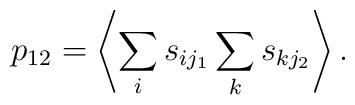
p_{12} = \left< \sum_i s_{ij_1} \sum_k s_{kj_2} \right>.